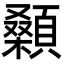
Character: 顙